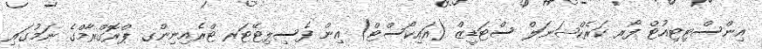
އިންސްޓިޓިއުޓް ފޯރ ކަރެކްޝަނަލް ސްޓަޑީޒް (އައިކޯސްޓް) އިން ފެސިލިޓޭޓަރ ޓްރެއިނިންގ ޕްރޮގްރާމްގެ ނަމުގައި